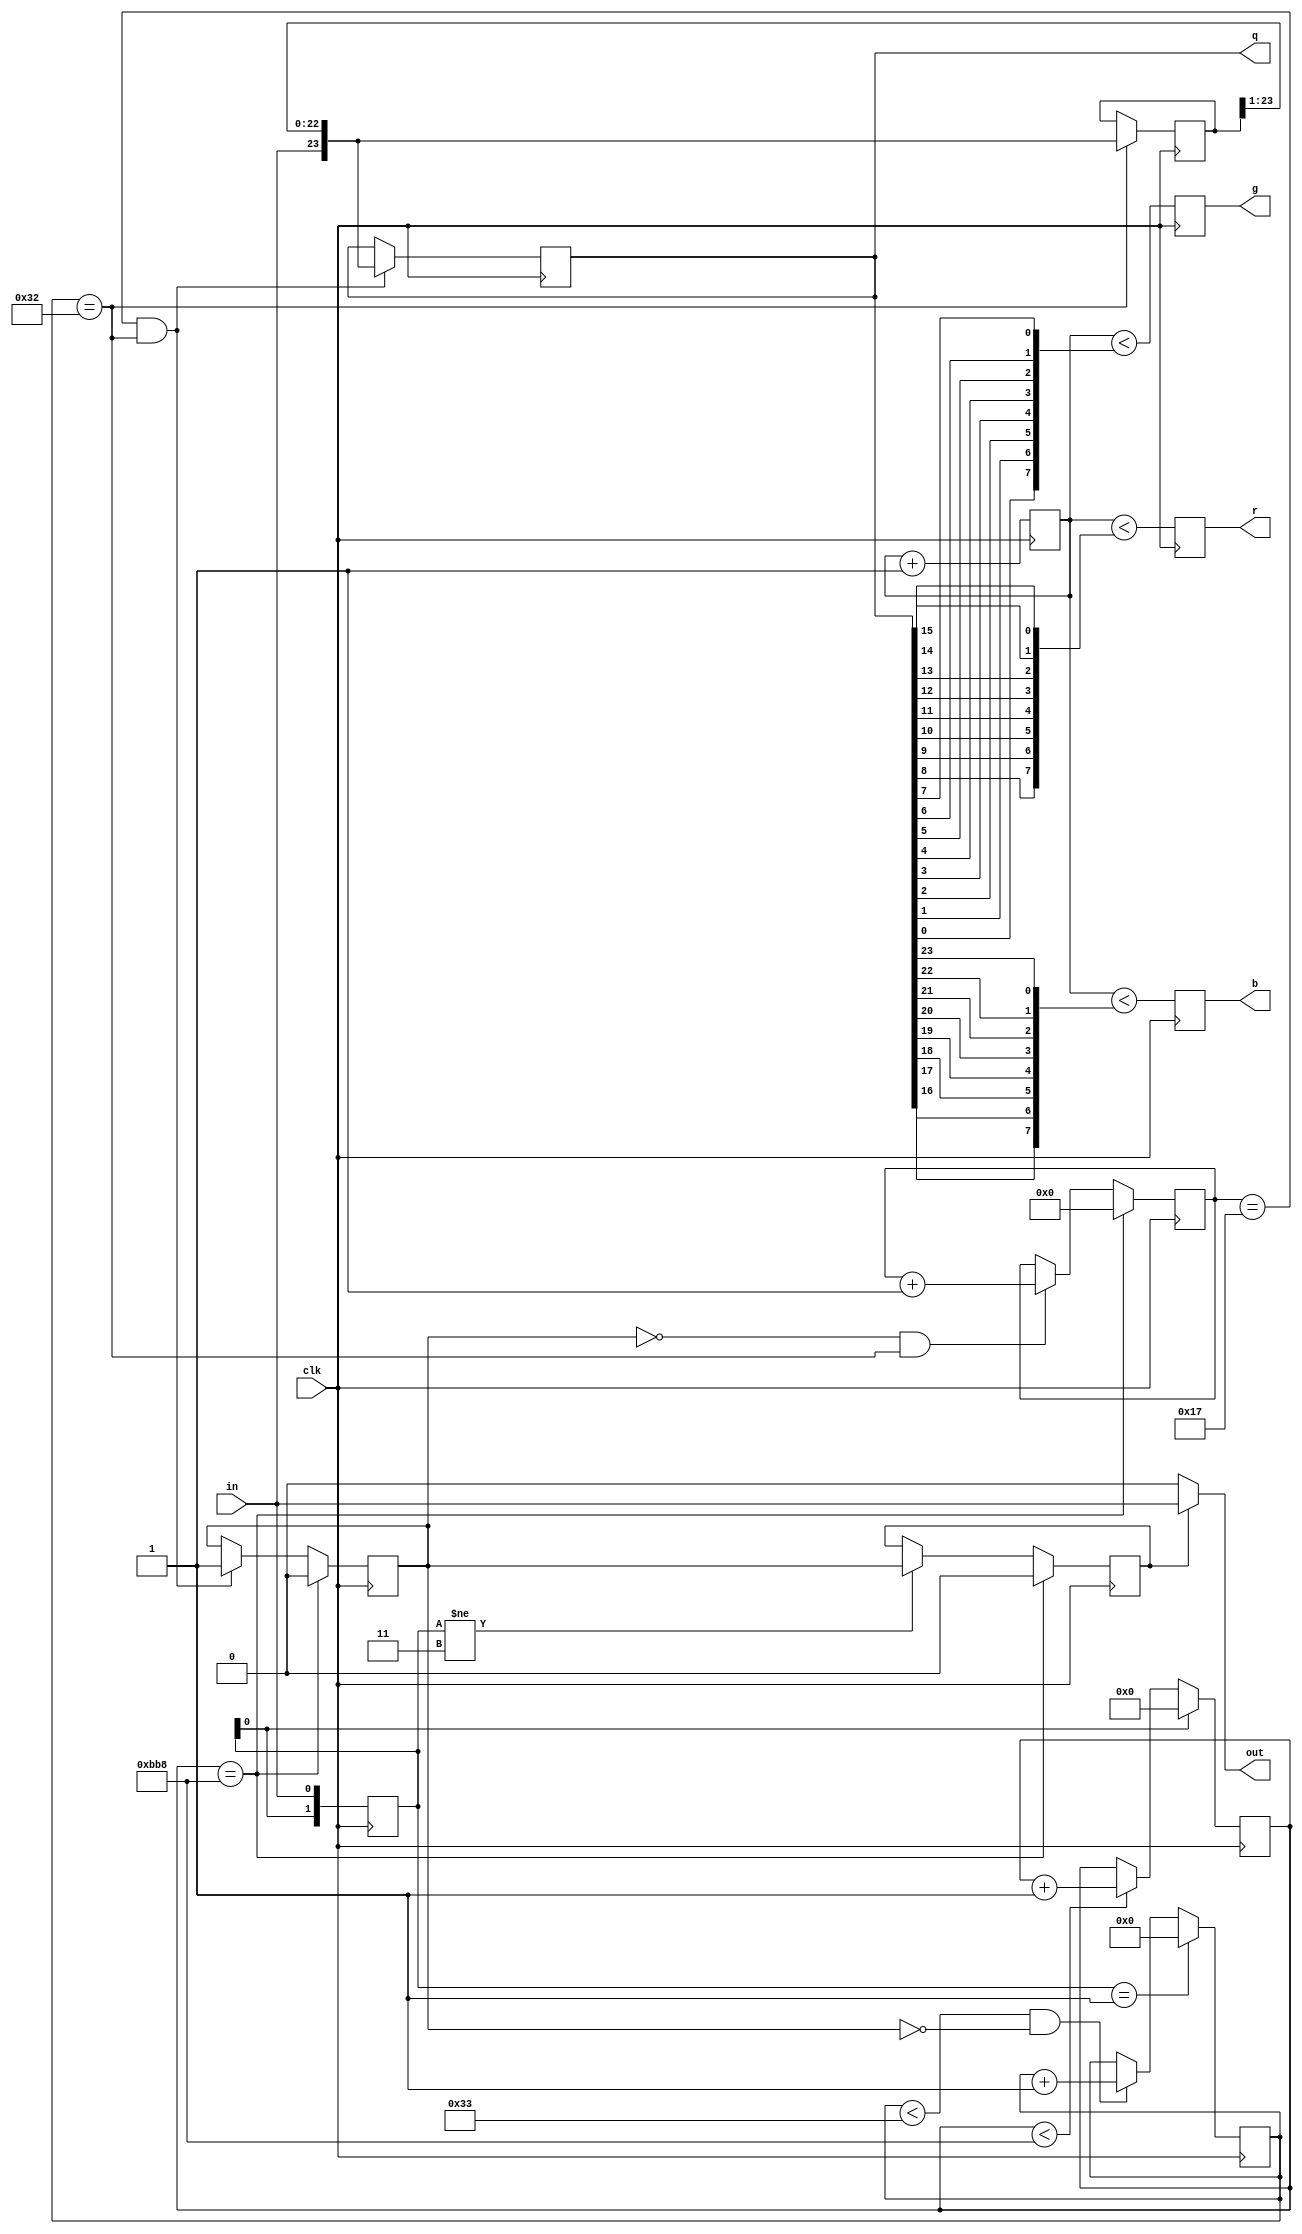
module WS2812B(
	input wire clk,
	input wire in,
	output wire out,
	output wire [23:0]q,
	output reg r,
	output reg g,
	output reg b
);

localparam reset_level = 3000;
localparam fix_level   = 50;

//reg clk = 0;
//always #26 clk = ~clk;

//capture "in" signal into shift register
reg [1:0]r_in = 0;
always @( posedge clk )
	r_in <= { r_in[0],in };

//detect zero-to-one transition in "in" signal via shift register
wire in_pos_edge; assign in_pos_edge = (r_in==2'b01);

//count how long "in" signal stays in zero
reg [15:0]reset_counter = 0;
always @( posedge clk )
	if( r_in[0] )
		reset_counter <= 0;
	else
	if( reset_counter<reset_level )
		reset_counter <= reset_counter+1;

//if "in" signal stays in zero for long time -> reset condition
wire reset; assign reset = (reset_counter==reset_level);

//every zero-to-one signal "in" transition mean start of new bit
reg [7:0]bit_length_cnt;
always @( posedge clk )
	if( in_pos_edge )
		bit_length_cnt <= 0;
	else
	if( bit_length_cnt<(fix_level+1) && !pass )
		bit_length_cnt <= bit_length_cnt + 1;

//get impulse of bit capture
wire bit_fix; assign bit_fix = (bit_length_cnt==fix_level);

reg pass = 0;
reg [5:0]bits_captured = 0;

//count number of bits captured
always @( posedge clk )
	if( reset )
		bits_captured <= 1'b0;
	else
	if( ~pass && bit_fix )
		bits_captured <= bits_captured+1'b1;

//after capturing 24 bits this chip is locked and pass input to output
always @( posedge clk )
	if( reset )
		pass <= 1'b0;
	else
	if( bits_captured==23 && bit_fix )
		pass <= 1'b1;
		
//actual pass after last bit receive (falling edge)
reg pass_final;
always @( posedge clk )
	if( reset )
		pass_final <= 1'b0;
	else
	if( r_in!=2'b11 )
		pass_final <= pass;
	
//accumulating shift register for RGB bits
reg [23:0]shift_rgb;
always @( posedge clk )
	if( bit_fix )
		shift_rgb <= { in, shift_rgb[23:1] };

//final capture register for RGB bits
reg [23:0]fix_rgb;
always @( posedge clk )
	if( bits_captured==23 && bit_fix )
		fix_rgb <= { in, shift_rgb[23:1] };

//when this chip captured 24 bits of RGB it becomes transparent
//and passes all input to output without change
assign out = pass_final ? in : 1'b0;

assign q = fix_rgb;

wire [7:0]wgreen; assign wgreen = { fix_rgb[0 ], fix_rgb[1 ], fix_rgb[2 ], fix_rgb[3 ], fix_rgb[4 ], fix_rgb[5 ], fix_rgb[6 ], fix_rgb[7 ] };
wire [7:0]wred;   assign wred   = { fix_rgb[8 ], fix_rgb[9 ], fix_rgb[10], fix_rgb[11], fix_rgb[12], fix_rgb[13], fix_rgb[14], fix_rgb[15] };
wire [7:0]wblue;  assign wblue  = { fix_rgb[16], fix_rgb[17], fix_rgb[18], fix_rgb[19], fix_rgb[20], fix_rgb[21], fix_rgb[22], fix_rgb[23] };

//pulse-width-modulation
reg [7:0]pwm_cnt;

always @( posedge clk )
begin
	pwm_cnt <= pwm_cnt+1;
	r <= pwm_cnt<wred;
	g <= pwm_cnt<wgreen;
	b <= pwm_cnt<wblue;
end

endmodule